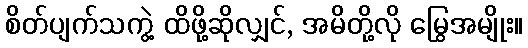
စိတ်ပျက်သကွဲ့ ထိဖို့ဆိုလျှင်, အမိတို့လို မြွေအမျိုး။